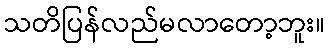
သတိပြန်လည်မလာတော့ဘူး။